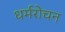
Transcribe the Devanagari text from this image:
धर्मरोचन